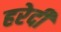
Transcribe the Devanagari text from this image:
हरेदी